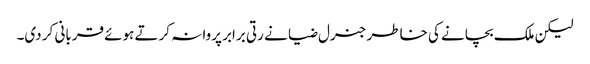
لیکن ملک بچانے کی خاطر جنرل ضیا نے رتی برابر پروا نہ کرتے ہوئے قربانی کر دی۔